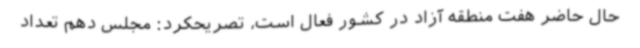
حال حاضر هفت منطقه آزاد در کشور فعال است، تصریحکرد: مجلس دهم تعداد